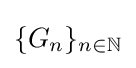
\{G_{n}\}_{n\in \mathbb {N} }